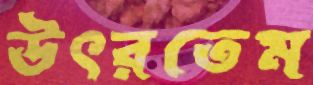
উৎরতেম